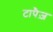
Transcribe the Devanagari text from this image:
टापैज़